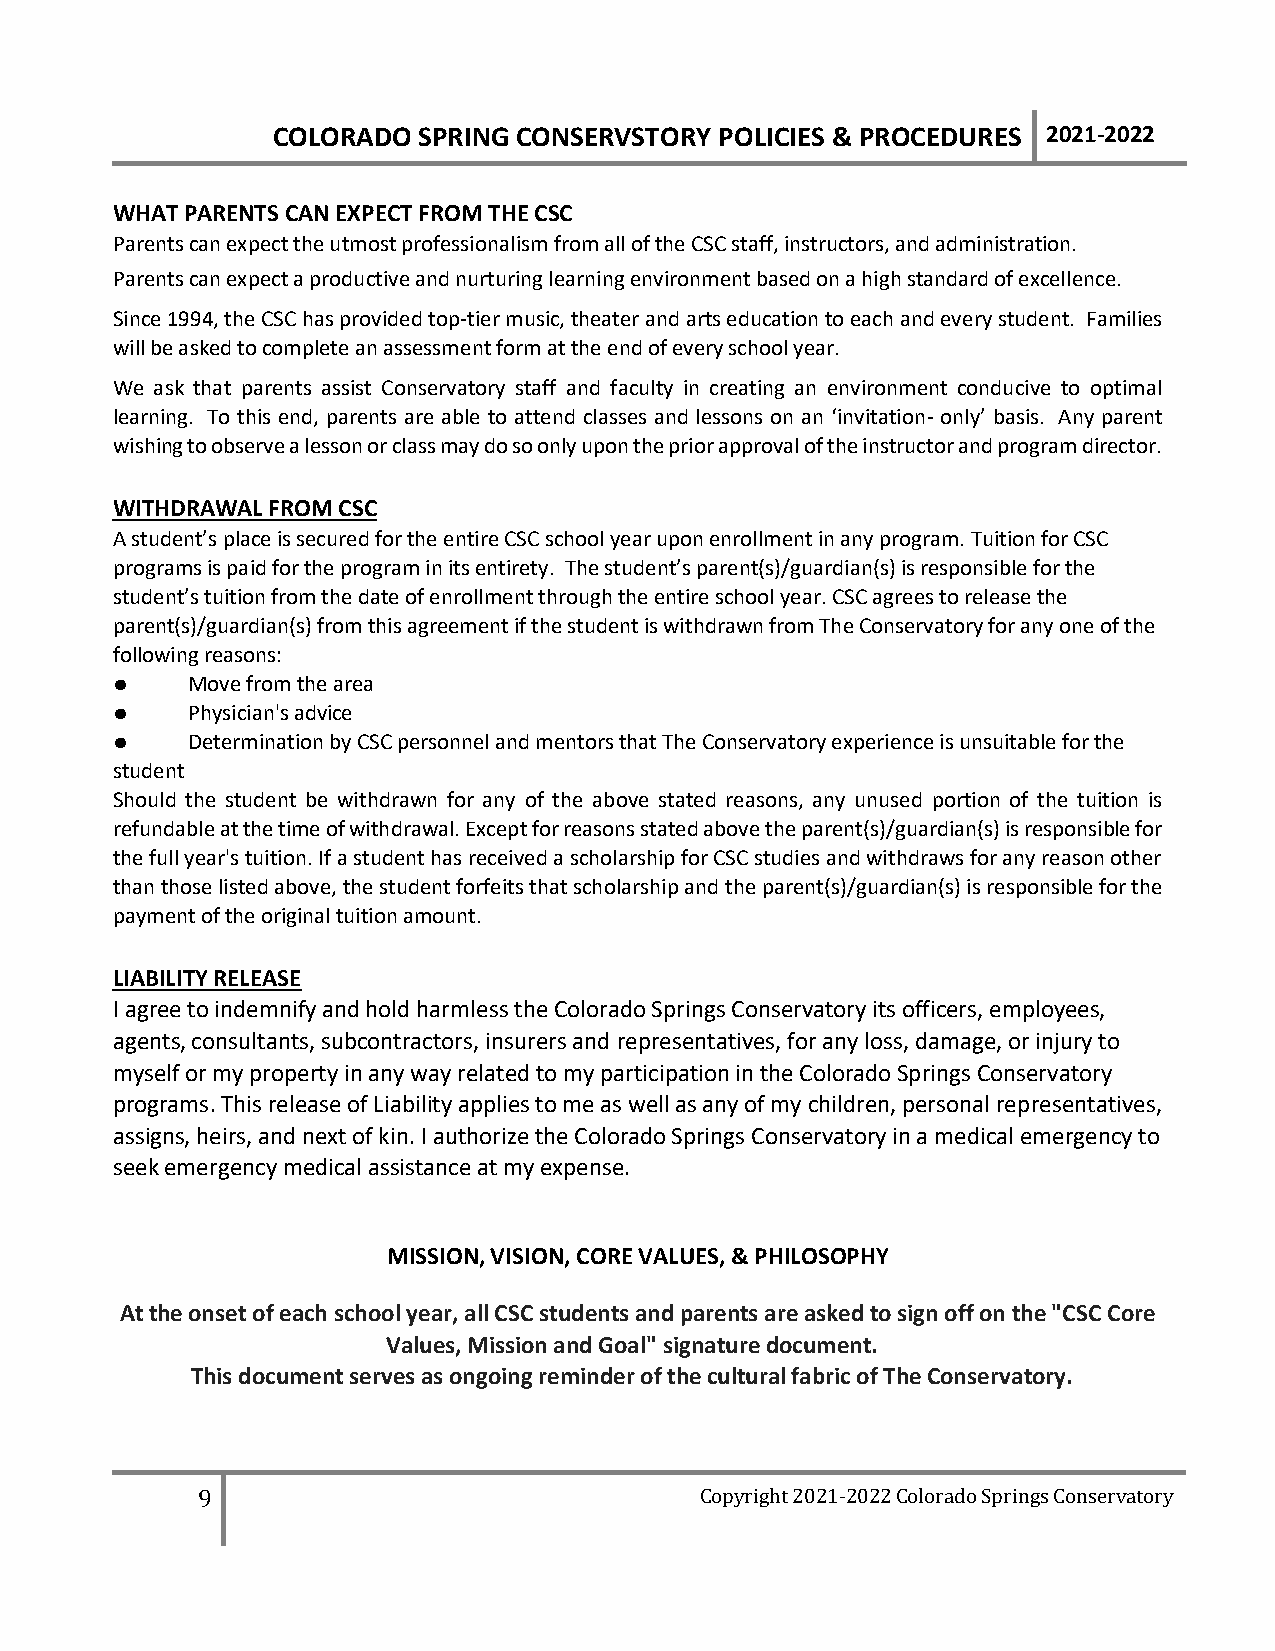
COLORADO  SPRING CONSERVSTORY POLICIES & PROCEDURES 2021-2022
 WHAT PARENTS CAN EXPECT FROM THE CSC
 Parents can expect the utmost professionalism from all of the CSC staff, instructors, and administration.
 Parents can expect a productive and nurturing learning environment based on a high standard of excellence.
 Since 1994, the CSC has provided top-tier music, theater and arts education to each and every student. Families
 will be asked to complete an assessment form at the end of every school year.
 We ask that parents assist Conservatory staff and faculty in creating an environment conducive to optimal
 learning. To this end, parents are able to attend classes and lessons on an ‘invitation- only’ basis. Any parent
 wishing to observe a lesson or class may do so only upon the prior approval of the instructor and program director.
 WITHDRAWAL FROM CSC
 A student’s place is secured for the entire CSC school year upon enrollment in any program. Tuition for CSC
 programs is paid for the program in its entirety. The student’s parent(s)/guardian(s) is responsible for the
 student’s tuition from the date of enrollment through the entire school year. CSC agrees to release the
 parent(s)/guardian(s) from this agreement if the student is withdrawn from The Conservatory for any one of the
 following reasons:
 ●    Move from the area
 ●    Physician's advice
 ●    Determination by CSC personnel and mentors that The Conservatory experience is unsuitable for the
 student
 Should the student be withdrawn for any of the above stated reasons, any unused portion of the tuition is
 refundable at the time of withdrawal. Except for reasons stated above the parent(s)/guardian(s) is responsible for
 the full year's tuition. If a student has received a scholarship for CSC studies and withdraws for any reason other
 than those listed above, the student forfeits that scholarship and the parent(s)/guardian(s) is responsible for the
 payment of the original tuition amount.
 LIABILITY RELEASE
 I agree to indemnify and hold harmless the Colorado Springs Conservatory its officers, employees,
 agents, consultants, subcontractors, insurers and representatives, for any loss, damage, or injury to
 myself or my property in any way related to my participation in the Colorado Springs Conservatory
 programs. This release of Liability applies to me as well as any of my children, personal representatives,
 assigns, heirs, and next of kin. I authorize the Colorado Springs Conservatory in a medical emergency to
 seek emergency medical assistance at my expense.
 MISSION, VISION, CORE VALUES, & PHILOSOPHY
 At the onset of each school year, all CSC students and parents are asked to sign off on the "CSC Core
 Values, Mission and Goal" signature document.
 This document serves as ongoing reminder of the cultural fabric of The Conservatory.
 9                                Copyright 2021-2022 Colorado Springs Conservatory